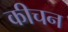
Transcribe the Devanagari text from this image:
कीचन